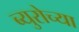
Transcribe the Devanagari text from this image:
ब्युरोच्या